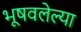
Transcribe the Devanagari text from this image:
भूषवलेल्या